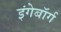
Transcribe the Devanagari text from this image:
इंगेबॉर्ग